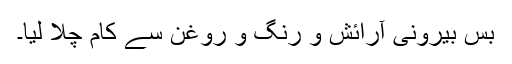
بس بیرونی آرائش و رنگ و روغن سے کام چلا لیا۔